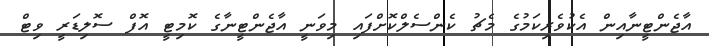
އާޖެންޓީނާއިން އެކުވެރިކަމުގެ މެޗު ކެންސެލްކޮށްފައި މިވަނީ އާޖެންޓީނާގެ ކޮމިޓީ އޮފް ސޮލިޑަރީ ވިޓް